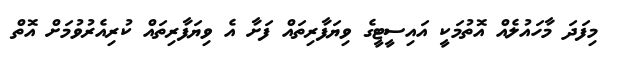
މިފަދަ މާހައުލެއް އޮތުމަކީ އައިސީޓީގެ ވިޔަފާރިތައް ފަށާ އެ ވިޔަފާރިތައް ކުރިއެރުވުމަށް އޮތް